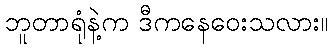
ဘူတာရုံနဲ့က ဒီကနေဝေးသလား။